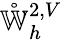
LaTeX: \mathring{\mathbb{W}}_{h}^{2,V}